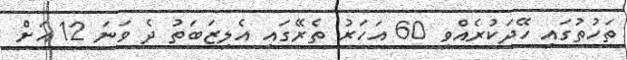
ތަހުތުގައި ހޭދަކުރެއްވި 60 އަހަރު ތެރޭގައި އެލިޒަބަތު ދެ ވަނަ 12 އަށް